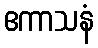
ဧကာသနံ